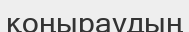
қоңыраудың